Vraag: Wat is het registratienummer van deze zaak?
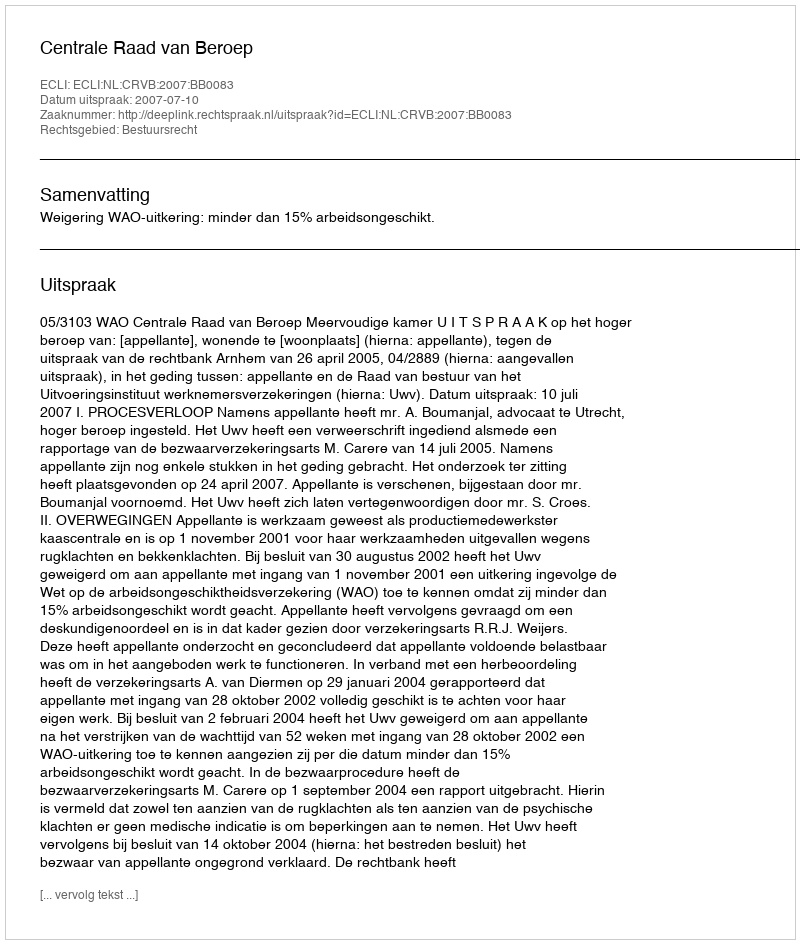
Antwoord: http://deeplink.rechtspraak.nl/uitspraak?id=ECLI:NL:CRVB:2007:BB0083